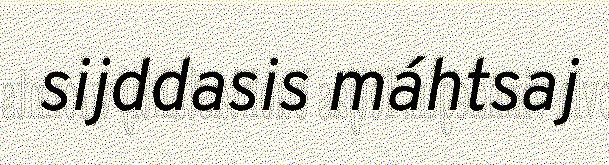
sijddasis máhtsaj